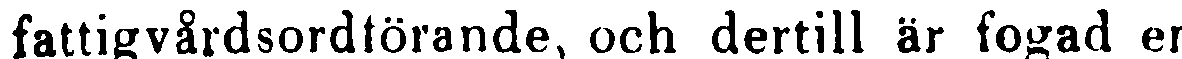
fattigvårdsordtörande, och dertill är fogad en